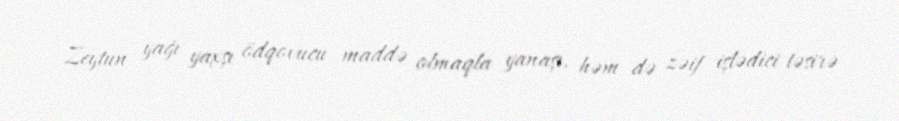
Zeytun yağı yaxşı ödqovucu maddə olmaqla yanaşı, həm də zəif işlədici təsirə